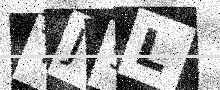
Text: TJ9L